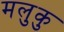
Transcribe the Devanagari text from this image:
मलुकु